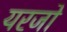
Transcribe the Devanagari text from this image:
यरजो